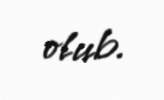
olub.